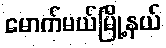
မောက်မယ်မြို့နယ်